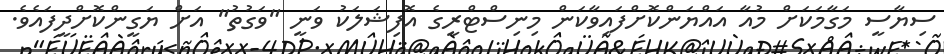
ސިޔާސީ މަގާމަކަށް މުއާ އައްޔަންކޮށްފައިވާކަން މިނިސްޓްރީގެ އޮފިޝަލަކު ވަނީ "ވަގުތު" އަށް ޔަގީންކޮށްދީފައެވެ.